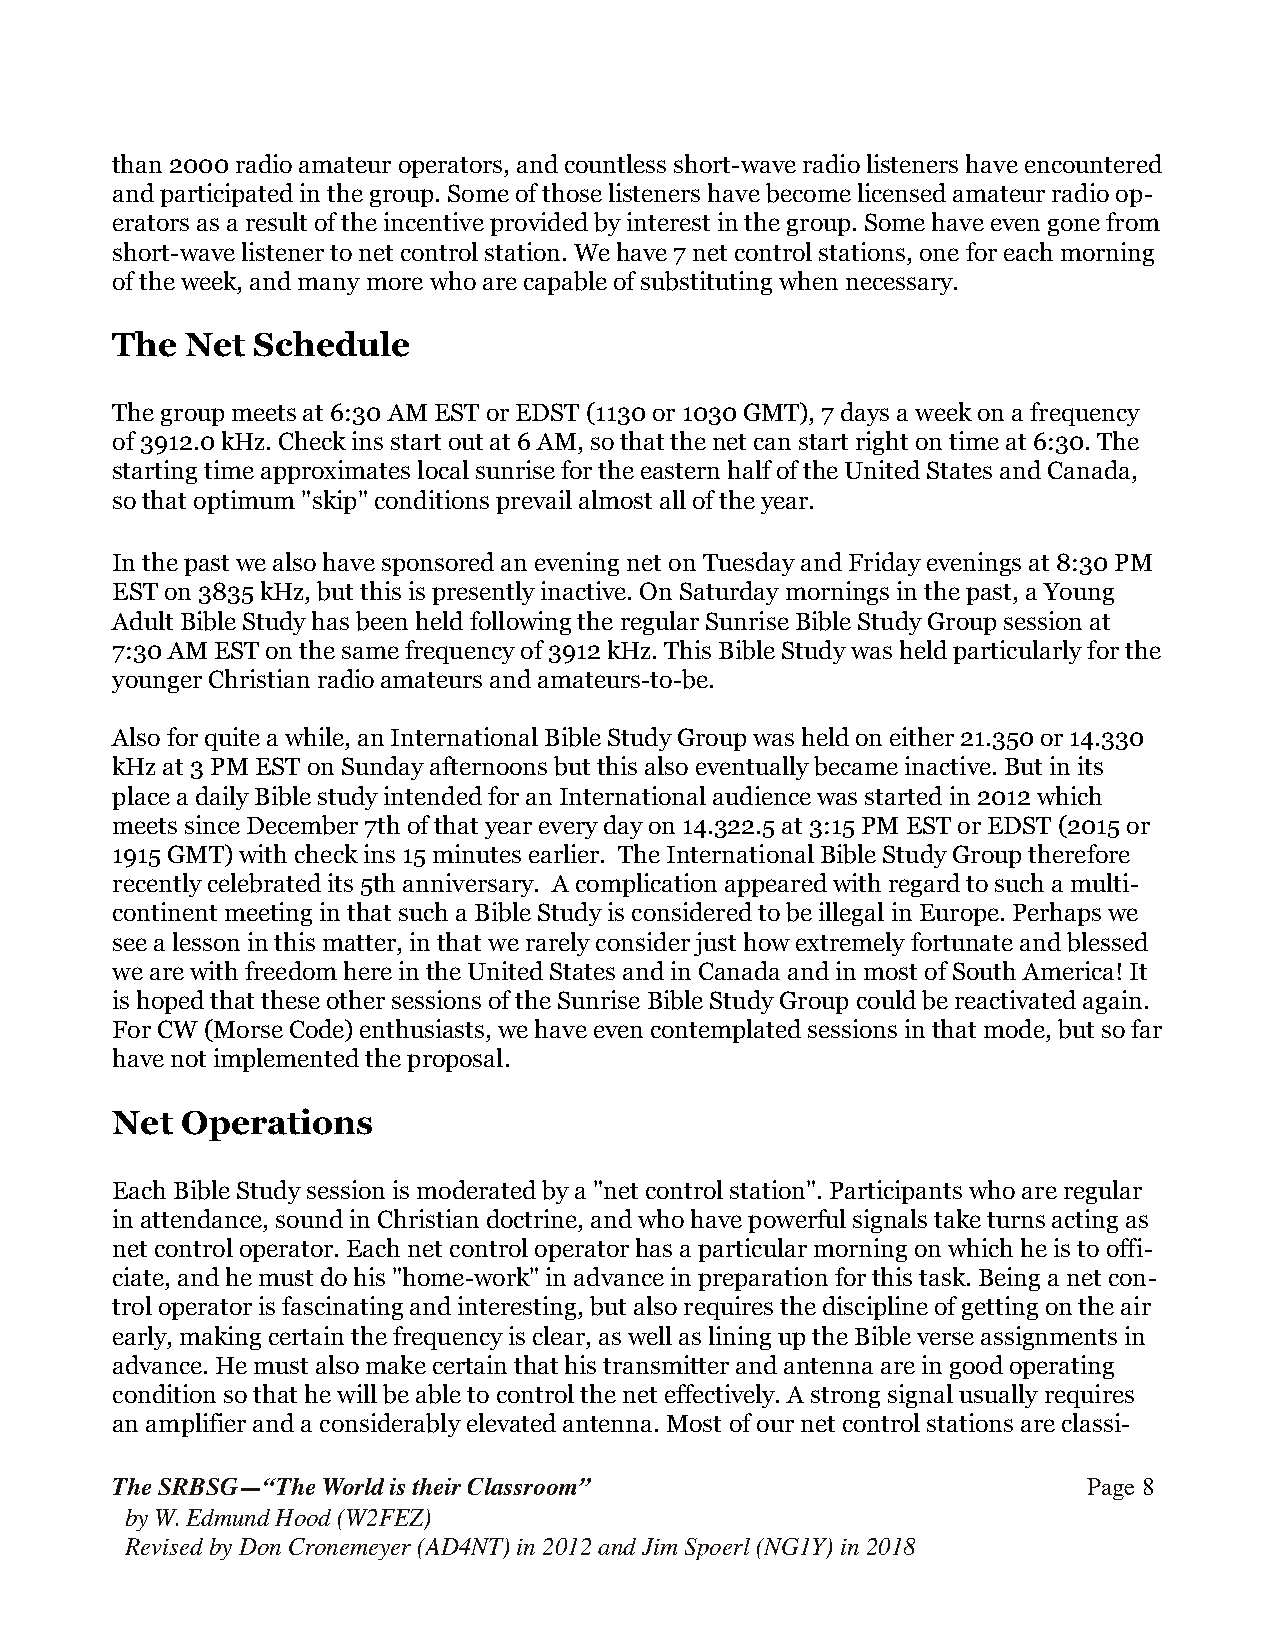
than 2000 radio amateur operators, and countless short-wave radio listeners have encountered
 and participated in the group. Some of those listeners have become licensed amateur radio op-
 erators as a result of the incentive provided by interest in the group. Some have even gone from
 short-wave listener to net control station. We have 7 net control stations, one for each morning
 of the week, and many more who are capable of substituting when necessary.
 The  Net  Schedule
 The group meets at 6:30 AM EST or EDST (1130 or 1030 GMT), 7 days a week on a frequency
 of 3912.0 kHz. Check ins start out at 6 AM, so that the net can start right on time at 6:30. The
 starting time approximates local sunrise for the eastern half of the United States and Canada,
 so that optimum "skip" conditions prevail almost all of the year.
 In the past we also have sponsored an evening net on Tuesday and Friday evenings at 8:30 PM
 EST on 3835 kHz, but this is presently inactive. On Saturday mornings in the past, a Young
 Adult Bible Study has been held following the regular Sunrise Bible Study Group session at
 7:30 AM EST on the same frequency of 3912 kHz. This Bible Study was held particularly for the
 younger Christian radio amateurs and amateurs-to-be.
 Also for quite a while, an International Bible Study Group was held on either 21.350 or 14.330
 kHz at 3 PM EST on Sunday afternoons but this also eventually became inactive. But in its
 place a daily Bible study intended for an International audience was started in 2012 which
 meets since December 7th of that year every day on 14.322.5 at 3:15 PM EST or EDST (2015 or
 1915 GMT) with check ins 15 minutes earlier. The International Bible Study Group therefore
 recently celebrated its 5th anniversary. A complication appeared with regard to such a multi-
 continent meeting in that such a Bible Study is considered to be illegal in Europe. Perhaps we
 see a lesson in this matter, in that we rarely consider just how extremely fortunate and blessed
 we are with freedom here in the United States and in Canada and in most of South America! It
 is hoped that these other sessions of the Sunrise Bible Study Group could be reactivated again.
 For CW (Morse Code) enthusiasts, we have even contemplated sessions in that mode, but so far
 have not implemented the proposal.
 Net  Operations
 Each Bible Study session is moderated by a "net control station". Participants who are regular
 in attendance, sound in Christian doctrine, and who have powerful signals take turns acting as
 net control operator. Each net control operator has a particular morning on which he is to offi-
 ciate, and he must do his "home-work" in advance in preparation for this task. Being a net con-
 trol operator is fascinating and interesting, but also requires the discipline of getting on the air
 early, making certain the frequency is clear, as well as lining up the Bible verse assignments in
 advance. He must also make certain that his transmitter and antenna are in good operating
 condition so that he will be able to control the net effectively. A strong signal usually requires
 an amplifier and a considerably elevated antenna. Most of our net control stations are classi-
 The SRBSG—“The World is their Classroom”                         Page !8
 by W. Edmund Hood (W2FEZ)
 Revised by Don Cronemeyer (AD4NT) in 2012 and Jim Spoerl (NG1Y) in 2018